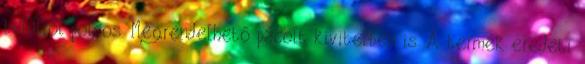
belülről polcos. Megrendelhető pácolt kivitelben is. A termék eredeti